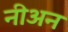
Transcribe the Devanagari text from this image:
नीअन